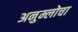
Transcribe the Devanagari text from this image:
अनुम्लोचा